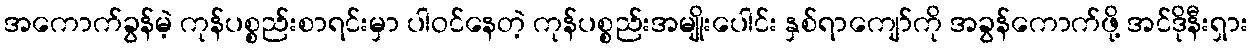
အကောက်ခွန်မဲ့ ကုန်ပစ္စည်းစာရင်းမှာ ပါဝင်နေတဲ့ ကုန်ပစ္စည်းအမျိုးပေါင်း နှစ်ရာကျော်ကို အခွန်ကောက်ဖို့ အင်ဒိုနီးရှား